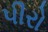
પીરો